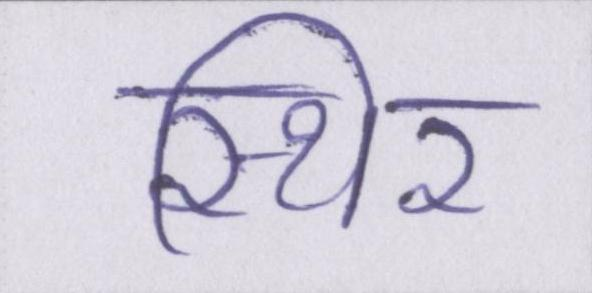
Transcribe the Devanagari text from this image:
स्थिर